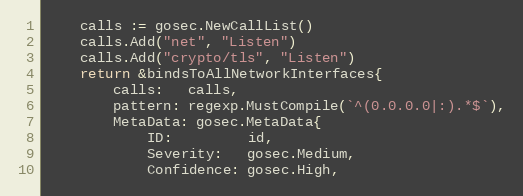
Language: Go
	calls := gosec.NewCallList()
	calls.Add("net", "Listen")
	calls.Add("crypto/tls", "Listen")
	return &bindsToAllNetworkInterfaces{
		calls:   calls,
		pattern: regexp.MustCompile(`^(0.0.0.0|:).*$`),
		MetaData: gosec.MetaData{
			ID:         id,
			Severity:   gosec.Medium,
			Confidence: gosec.High,